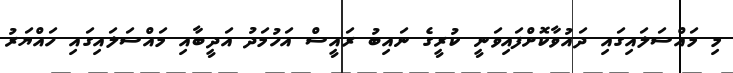
މި މައްސަލައިގައި ދައުވާކޮށްފައިވަނީ ކުރީގެ ނައިބު ރައީސް އަހުމަދު އަދީބާއި މައްސަލައިގައި ހައްޔަރު